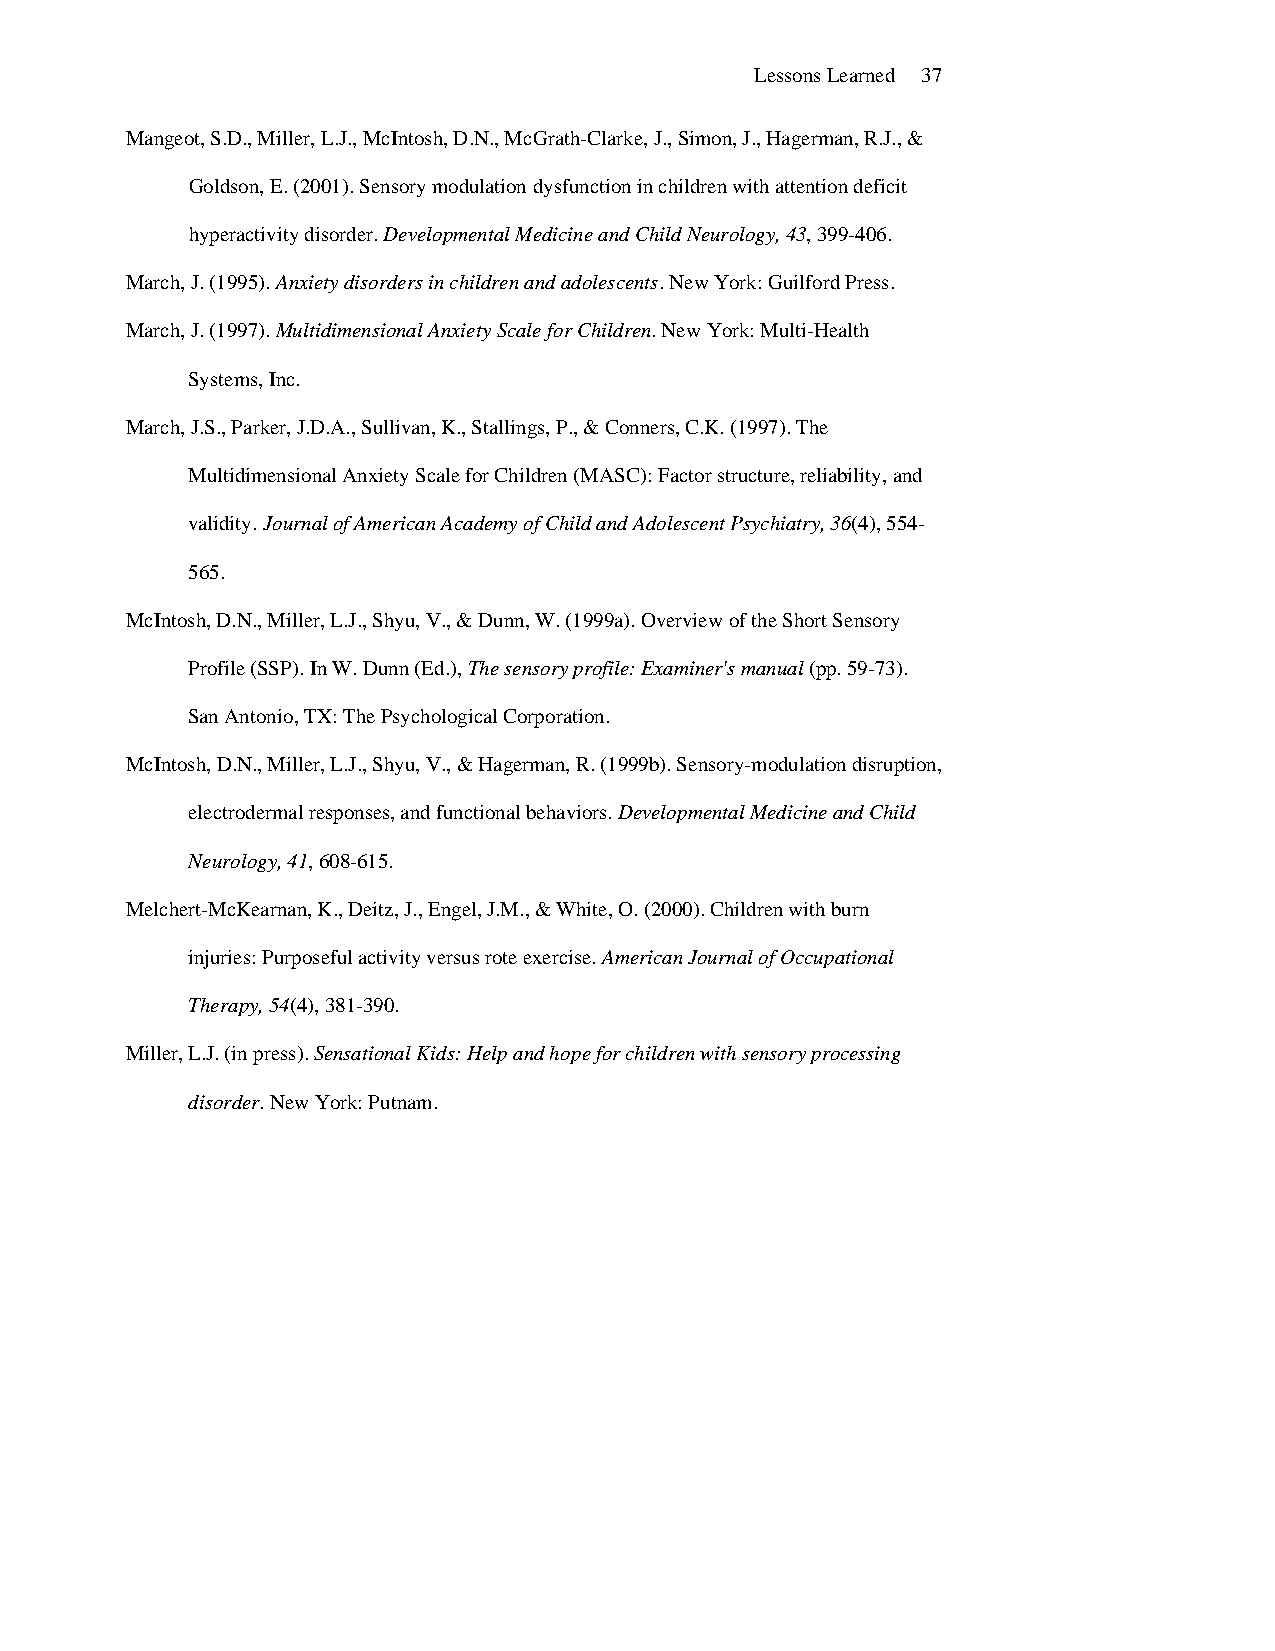
Lessons Learned 37
 Mangeot, S.D., Miller, L.J., McIntosh, D.N., McGrath-Clarke, J., Simon, J., Hagerman, R.J., &
 Goldson, E. (2001). Sensory modulation dysfunction in children with attention deficit
 hyperactivity disorder. Developmental Medicine and Child Neurology, 43, 399-406.
 March, J. (1995). Anxiety disorders in children and adolescents. New York: Guilford Press.
 March, J. (1997). Multidimensional Anxiety Scale for Children. New York: Multi-Health
 Systems, Inc.
 March, J.S., Parker, J.D.A., Sullivan, K., Stallings, P., & Conners, C.K. (1997). The
 Multidimensional Anxiety Scale for Children (MASC): Factor structure, reliability, and
 validity. Journal of American Academy of Child and Adolescent Psychiatry, 36(4), 554-
 565.
 McIntosh, D.N., Miller, L.J., Shyu, V., & Dunn, W. (1999a). Overview of the Short Sensory
 Profile (SSP). In W. Dunn (Ed.), The sensory profile: Examiner's manual (pp. 59-73).
 San Antonio, TX: The Psychological Corporation.
 McIntosh, D.N., Miller, L.J., Shyu, V., & Hagerman, R. (1999b). Sensory-modulation disruption,
 electrodermal responses, and functional behaviors. Developmental Medicine and Child
 Neurology, 41, 608-615.
 Melchert-McKearnan, K., Deitz, J., Engel, J.M., & White, O. (2000). Children with burn
 injuries: Purposeful activity versus rote exercise. American Journal of Occupational
 Therapy, 54(4), 381-390.
 Miller, L.J. (in press). Sensational Kids: Help and hope for children with sensory processing
 disorder. New York: Putnam.